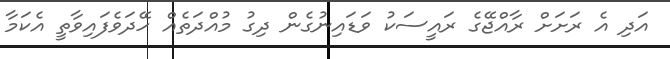
އަދި އެ ރަށަށް ރާއްޖޭގެ ރައީސަކު ވަޑައިނުގެން ދިގު މުއްދަތެއް ހޭދަވެފައިވާތީ އެކަމާ